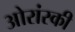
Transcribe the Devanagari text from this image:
ओरांस्की